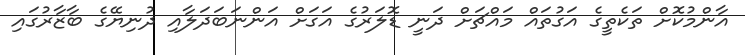
އާންމުކޮށް ތަކެތީގެ އަގުތައް މައްޗަށް ދަނީ ޑޮލަރުގެ އަގަށް އަންނަބަދަލާއި ދުނިޔޭގެ ބާޒާރުގައި